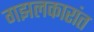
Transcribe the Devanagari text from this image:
गझलकारांत